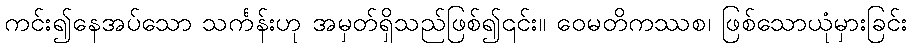
ကင်း၍နေအပ်သော သင်္ကန်းဟု အမှတ်ရှိသည်ဖြစ်၍၎င်း။ ဝေမတိကဿစ၊ ဖြစ်သောယုံမှားခြင်း